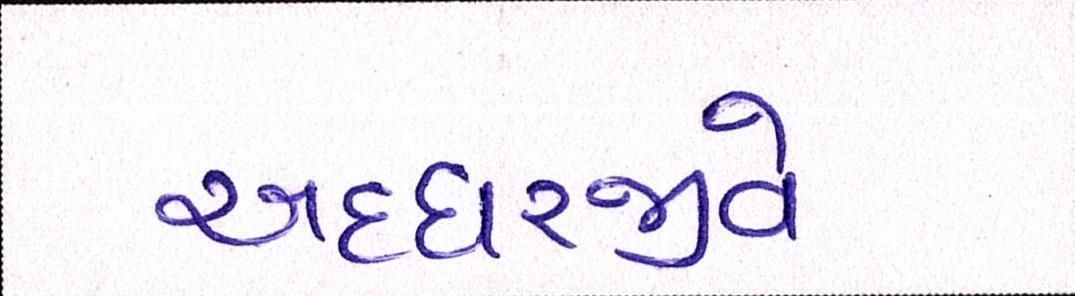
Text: અધ્ધરજીવે